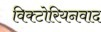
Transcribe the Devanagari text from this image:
विक्टोरियनवाद